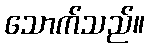
သောက်သည်။